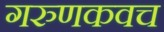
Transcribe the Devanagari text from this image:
गरुणकवच